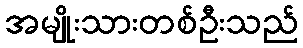
အမျိုးသားတစ်ဦးသည်